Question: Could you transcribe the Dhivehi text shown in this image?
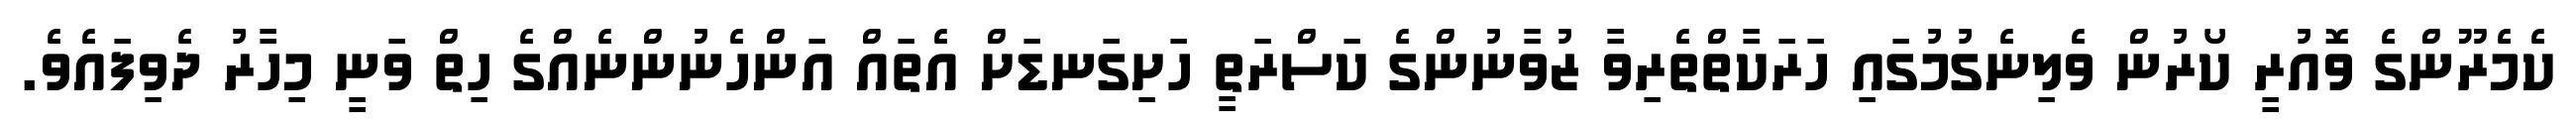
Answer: ކެމެރޫންގެ ވޮއުރީ ކޯރުން ވެލިނެގުމުގައި ހަރަކާތްތެރިވާ ޒުވާނުންގެ ކަސްރަތީ ހަށިގަނޑަށް އެތައް އަންހެނުންނެއްގެ ހިތް ވަނީ މިހާރު ދެވިފައެވެ.